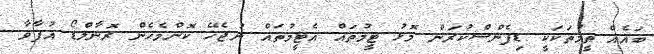
ބައެއް ތީމުތަކަކީ ޑިފެންސްކުރަން މޮޅު ޓީމުތައް އެޓީމުތައް ނުޖެހޭ ކޮންމެހެން ރޮނާލްޑޯ އުފާވާ